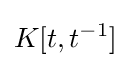
K[t,t^{-1}]